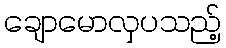
ချောမောလှပသည့်